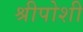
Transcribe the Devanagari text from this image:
श्रीपोशी